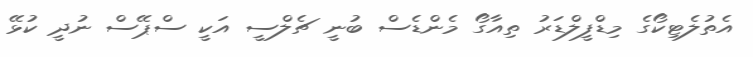
އެތުލެޓިކޯގެ މިޑްފީލްޑަރު ތިއާގޯ މެންޑެސް ބުނީ ޗެލްސީ އަކީ ސްޕޭސް ނުދީ ކުޅޭ